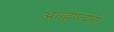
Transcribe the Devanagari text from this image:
अल्हणदेवी